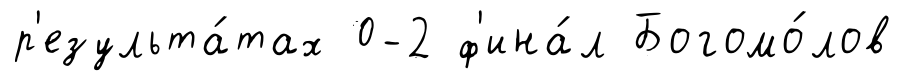
р'езульта́тах 0-2 ф'ина́л Богомо́лов